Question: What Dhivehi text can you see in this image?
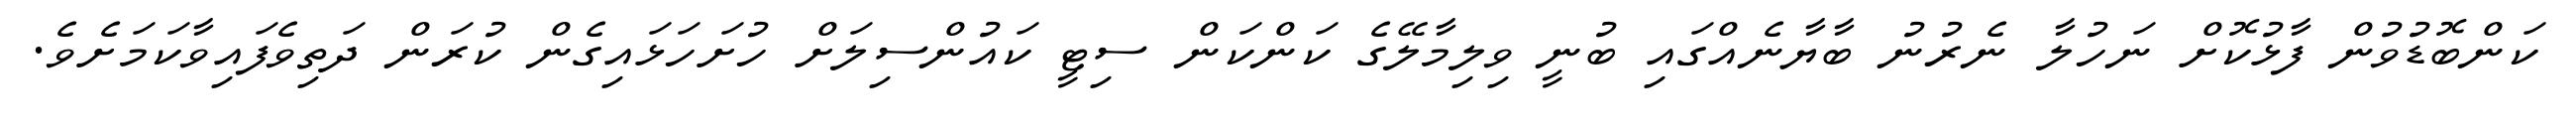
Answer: ކަންބޮޑުވުން ފާޅުކޮށް ނަހުލާ ނެރުނު ބާޔާނެއްގައި ބުނީ ވިލިމާލޭގެ ކަންކަން ސިޓީ ކައުންސިލަށް ހުށަހަޅައިގެން ކުރަން ދަތިވެފައިވާކަމަށެވެ.